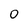
Character: 0